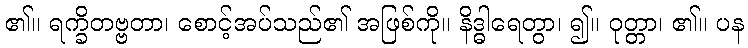
၏။ ရက္ခိတဗ္ဗတာ၊ စောင့်အပ်သည်၏ အဖြစ်ကို။ နိဒ္ဓါရေတွာ၊ ၍။ ဝုတ္တာ၊ ၏။ ပန